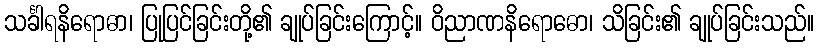
သင်္ခါရနိရောဓာ၊ ပြုပြင်ခြင်းတို့၏ ချုပ်ခြင်းကြောင့်။ ဝိညာဏနိရောဓော၊ သိခြင်း၏ ချုပ်ခြင်းသည်။